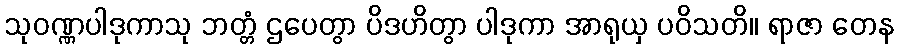
သုဝဏ္ဏပါဒုကာသု ဘတ္တံ ဌပေတွာ ပိဒဟိတွာ ပါဒုကာ အာရုယှ ပဝိသတိ။ ရာဇာ တေန